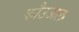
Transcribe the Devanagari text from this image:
कौउअल